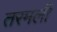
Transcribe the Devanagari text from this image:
तरमली